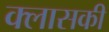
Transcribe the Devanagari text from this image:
क्लासकी